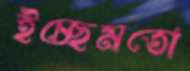
ইচ্ছেমতো